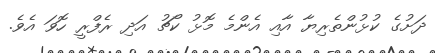
ދަށުގެ ކުޅުންތެރިޔާ އާއި އެންމެ މޮޅު ކޯޗު އަދި ރެފްރީ ހޮވަ އެވެ.